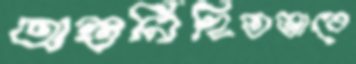
অন্তর্নিহিতভাবে